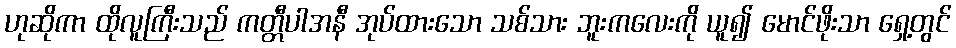
ဟုဆိုကာ ထိုလူကြီးသည် ကတ္တီပါအနီ အုပ်ထားသော သစ်သား ဘူးကလေးကို ယူ၍ မောင်ဖိုးသာ ရှေ့တွင်